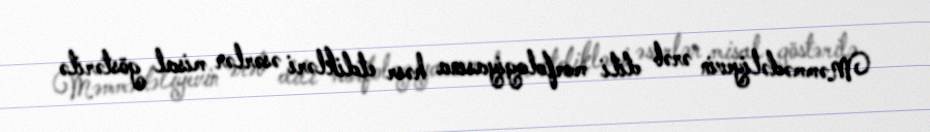
Məmmədəliyevin ərəb dili morfologiyasına həsr etdikləri əsərlər misal göstərilə